Report on vaccination in Madras 1922-1929 - 1922-1929
Year: 1922
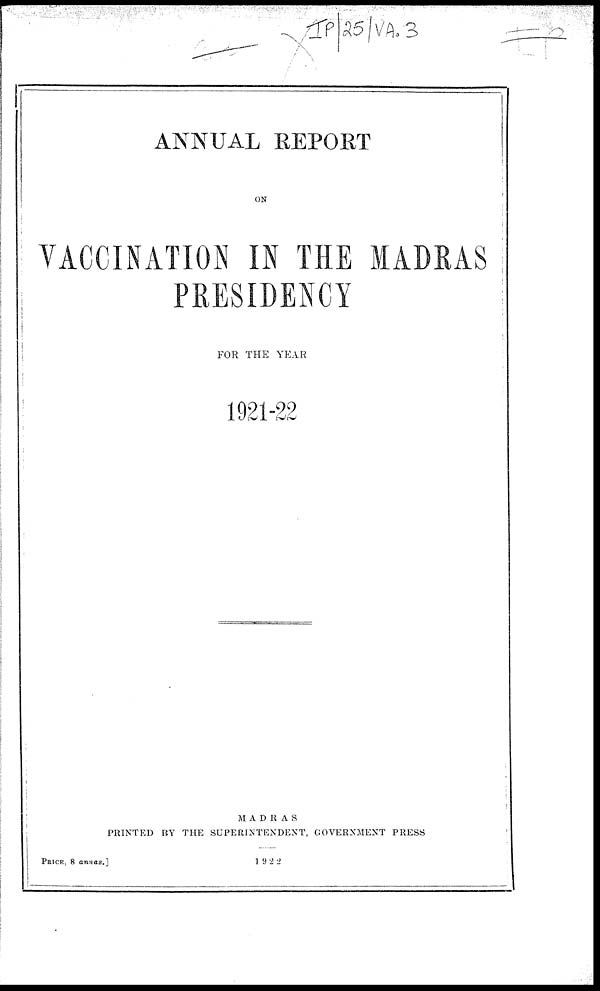
ANNUAL REPORT
ON
VACCINATION IN THE MADRAS
PRESIDENCY
FOR THE YEAR
1921-22
MADRAS
PRINTED BY THE SUPERINTENDENT, GOVERNMENT PRESS
PRICE, 8 annas.]
1922